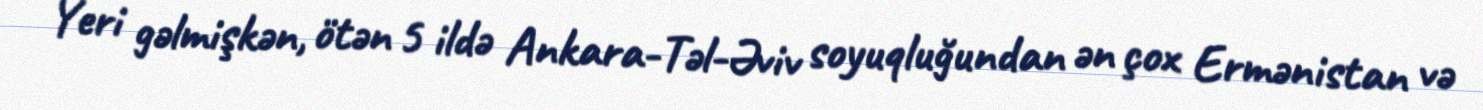
Yeri gəlmişkən, ötən 5 ildə Ankara-Təl-Əviv soyuqluğundan ən çox Ermənistan və